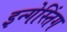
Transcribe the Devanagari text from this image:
इन्गेस्तिंग